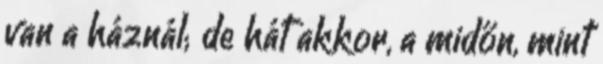
van a háznál; de hát akkor, a midőn, mint